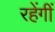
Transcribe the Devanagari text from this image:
रहेंगीं